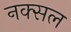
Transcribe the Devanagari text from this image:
नक्‍सल